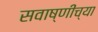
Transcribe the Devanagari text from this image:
सवाष्णींच्या